Annual administration report of the Civil Veterinary Department of India - 1900-1901
Year: 1900
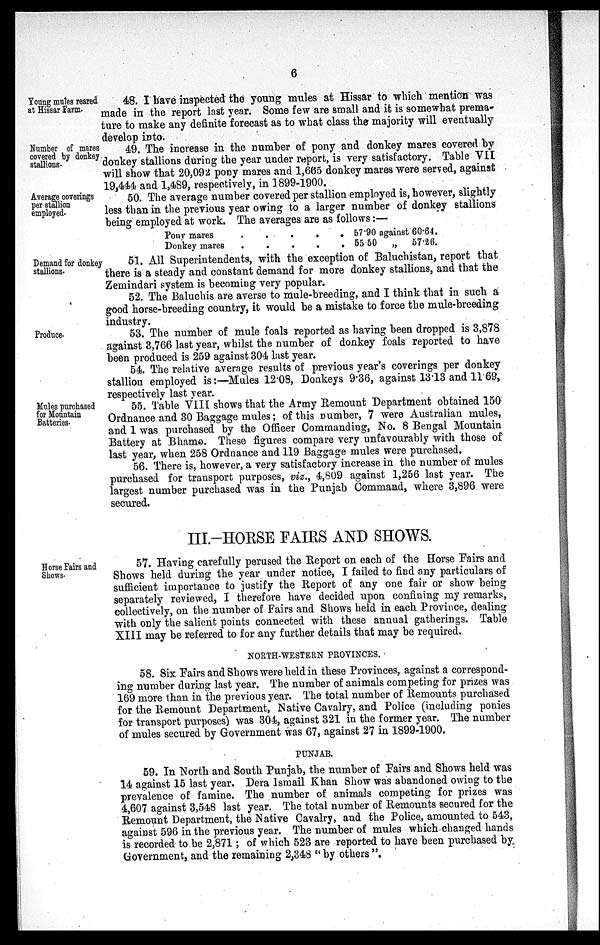
6
Young mules reared
at Hissar Farm.
48. I have inspected the young mules at Hissar to which mention was
made in the report last year. Some few are small and it is somewhat prema-
ture to make any definite forecast as to what class the majority will eventually
develop into.
Number of mares
covered by donkey
stallions.
49. The increase in the number of pony and donkey mares covered by
donkey stallions during the year under report, is very satisfactory. Table VII
will show that 20,092 pony mares and 1,665 donkey mares were served, against
19,444 and 1,489, respectively, in 1899-1900.
Average coverings
per stallion
employed.
50. The average number covered per stallion employed is, however, slightly
less than in the previous year owing to a larger number of donkey stallions
being employed at work. The averages are as follows:—
Pony mares
.
.
.
. .
.
Donkey mares
.
.
.
57.90 against 60.64.
55.50 „ 57.26.
Demand for donkey
stallions.
51. All Superintendents, with the exception of Baluchistan, report that
there is a steady and constant demand for more donkey stallions, and that the
Zemindari system is becoming very popular.
52. The Baluchis are averse to mule-breeding, and I think that in such a
good horse-breeding country, it would be a mistake to force the mule-breeding
industry.
Produce.
53. The number of mule foals reported as having been dropped is 3,878
against 3,766 last year, whilst the number of donkey foals reported to have
been produced is 259 against 304 last year.
54. The relative average results of previous year's coverings per donkey
stallion employed is:—Mules 12.08, Donkeys 9.36, against 13.13 and 11.69,
respectively last year.
Mules purchased
for Mountain
Batteries.
55. Table VIII shows that the Army Remount Department obtained 150
Ordnance and 30 Baggage mules; of this number, 7 were Australian mules,
and 1 was purchased by the Officer Commanding, No. 8 Bengal Mountain
Battery at Bhamo. These figures compare very unfavourably with those of
last year, when 258 Ordnance and 119 Baggage mules were purchased.
56. There is, however, a very satisfactory increase in the number of mules
purchased for transport purposes, viz., 4,809 against 1,256 last year. The
largest number purchased was in the Punjab Command, where 3,896 were
secured.
III.-HORSE FAIRS AND SHOWS.
Horse Fairs and
Shows.
57. Having carefully perused the Report on each of the Horse Fairs and
Shows held during the year under notice, I failed to find any particulars of
sufficient importance to justify the Report of any one fair or show being
separately reviewed, I therefore have decided upon confining my remarks,
collectively, on the number of Fairs and Shows held in each Province, dealing
with only the salient points connected with these annual gatherings. Table
XIII may be referred to for any further details that may be required.
NORTH-WESTERN PROVINCES.
58. Six Fairs and Shows were held in these Provinces, against a correspond-
ing number during last year. The number of animals competing for prizes was
169 more than in the previous year. The total number of Remounts purchased
for the Remount Department, Native Cavalry, and Police (including ponies
for transport purposes) was 304, against 321 in the former year. The number
of mules secured by Government was 67, against 27 in 1899-1900.
PUNJAB.
59. In North and South Punjab, the number of Fairs and Shows held was
14 against 15 last year. Dera Ismail Khan Show was abandoned owing to the
prevalence of famine. The number of animals competing for prizes was
4,607 against 3,548 last year. The total number of Remounts secured for the
Remount Department, the Native Cavalry, and the Police, amounted to 543,
against 596 in the previous year. The number of mules which changed hands
is recorded to be 2,871; of which 523 are reported to have been purchased by
Government, and the remaining 2,348 "by others".